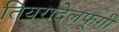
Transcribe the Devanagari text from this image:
तियरादेलफूगी